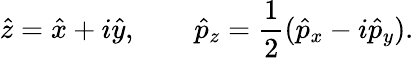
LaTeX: \hat{z}=\hat{x}+i\hat{y},\qquad\hat{p}_{z}=\frac{1}{2}(\hat{p}_{x}-i\hat{p}_{y}).